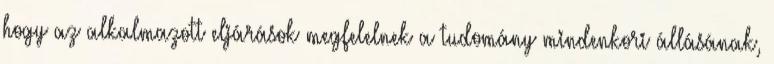
hogy az alkalmazott eljárások megfelelnek a tudomány mindenkori állásának,